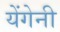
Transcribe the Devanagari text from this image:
येंगेनी